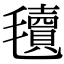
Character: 𣰬